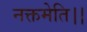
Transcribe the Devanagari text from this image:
नक्तमेति।।